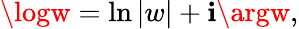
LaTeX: \logw=\ln|w|+\mathbf{i}\argw,